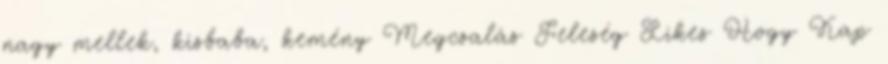
nagy mellek, kisbaba, kemény Megcsalás Feleség Likes Hogy Kap